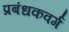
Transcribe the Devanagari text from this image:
प्रबंधकवर्ग